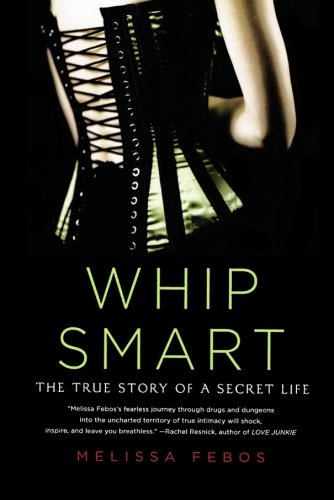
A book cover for Whip Smart: The True Story of a Secret Life; Melissa Febos; Literature & Fiction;